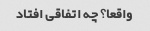
واقعا؟ چه اتفاقی افتاد